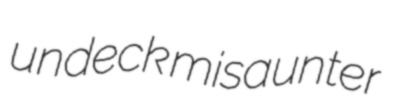
undeck misaunter